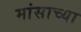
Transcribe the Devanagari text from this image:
मांसाच्या